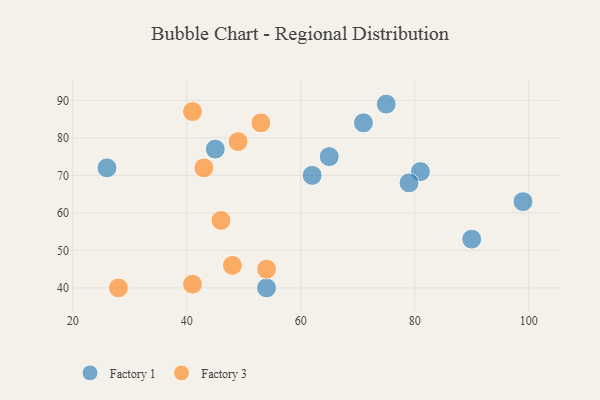
{"axis": {"x": "GDP", "y": "Life Expectancy"}, "legend": ["Factory 1", "Factory 3"], "data": [{"x": "81", "y": 71, "type": "Factory 1"}, {"x": "62", "y": 70, "type": "Factory 1"}, {"x": "71", "y": 84, "type": "Factory 1"}, {"x": "54", "y": 40, "type": "Factory 1"}, {"x": "26", "y": 72, "type": "Factory 1"}, {"x": "75", "y": 89, "type": "Factory 1"}, {"x": "45", "y": 77, "type": "Factory 1"}, {"x": "65", "y": 75, "type": "Factory 1"}, {"x": "90", "y": 53, "type": "Factory 1"}, {"x": "79", "y": 68, "type": "Factory 1"}, {"x": "99", "y": 63, "type": "Factory 1"}, {"x": "54", "y": 45, "type": "Factory 3"}, {"x": "46", "y": 58, "type": "Factory 3"}, {"x": "41", "y": 87, "type": "Factory 3"}, {"x": "48", "y": 46, "type": "Factory 3"}, {"x": "53", "y": 84, "type": "Factory 3"}, {"x": "41", "y": 41, "type": "Factory 3"}, {"x": "28", "y": 40, "type": "Factory 3"}, {"x": "43", "y": 72, "type": "Factory 3"}, {"x": "49", "y": 79, "type": "Factory 3"}]}